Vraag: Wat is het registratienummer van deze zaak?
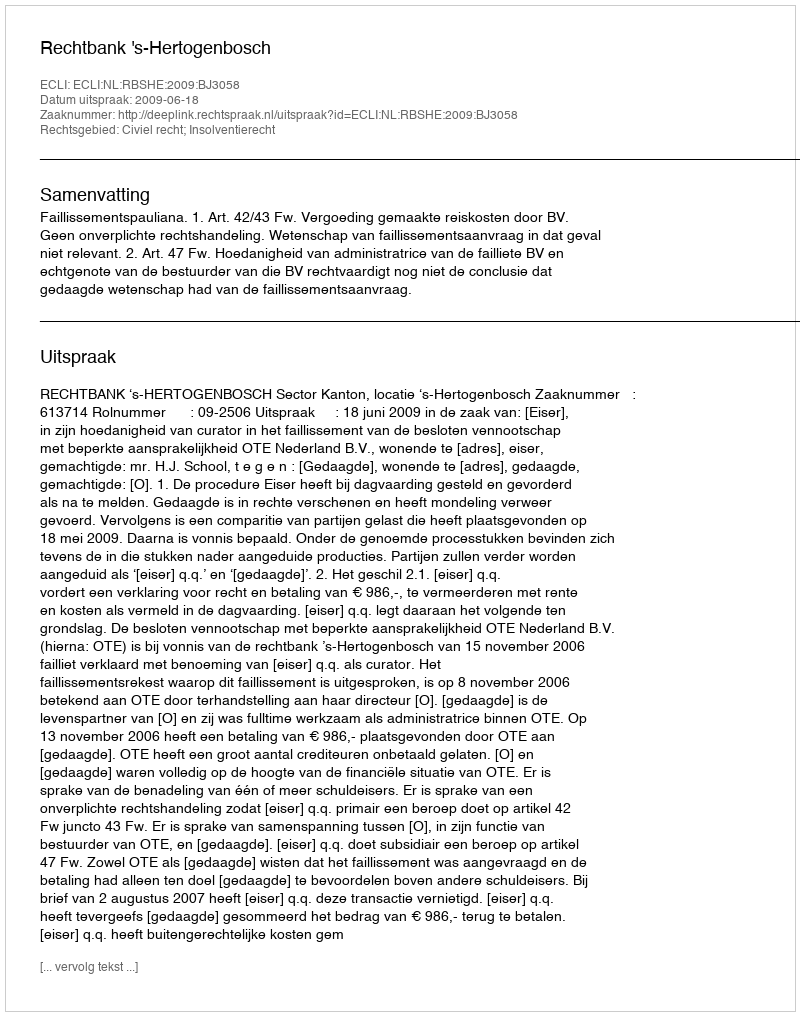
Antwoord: http://deeplink.rechtspraak.nl/uitspraak?id=ECLI:NL:RBSHE:2009:BJ3058